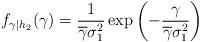
LaTeX: \begin{align*}f_{\gamma|h_2}(\gamma)=\frac{1}{\overline{\gamma}\sigma_1^2} \exp\left(-\frac{\gamma}{\overline{\gamma}\sigma_1^2}\right)\end{align*}